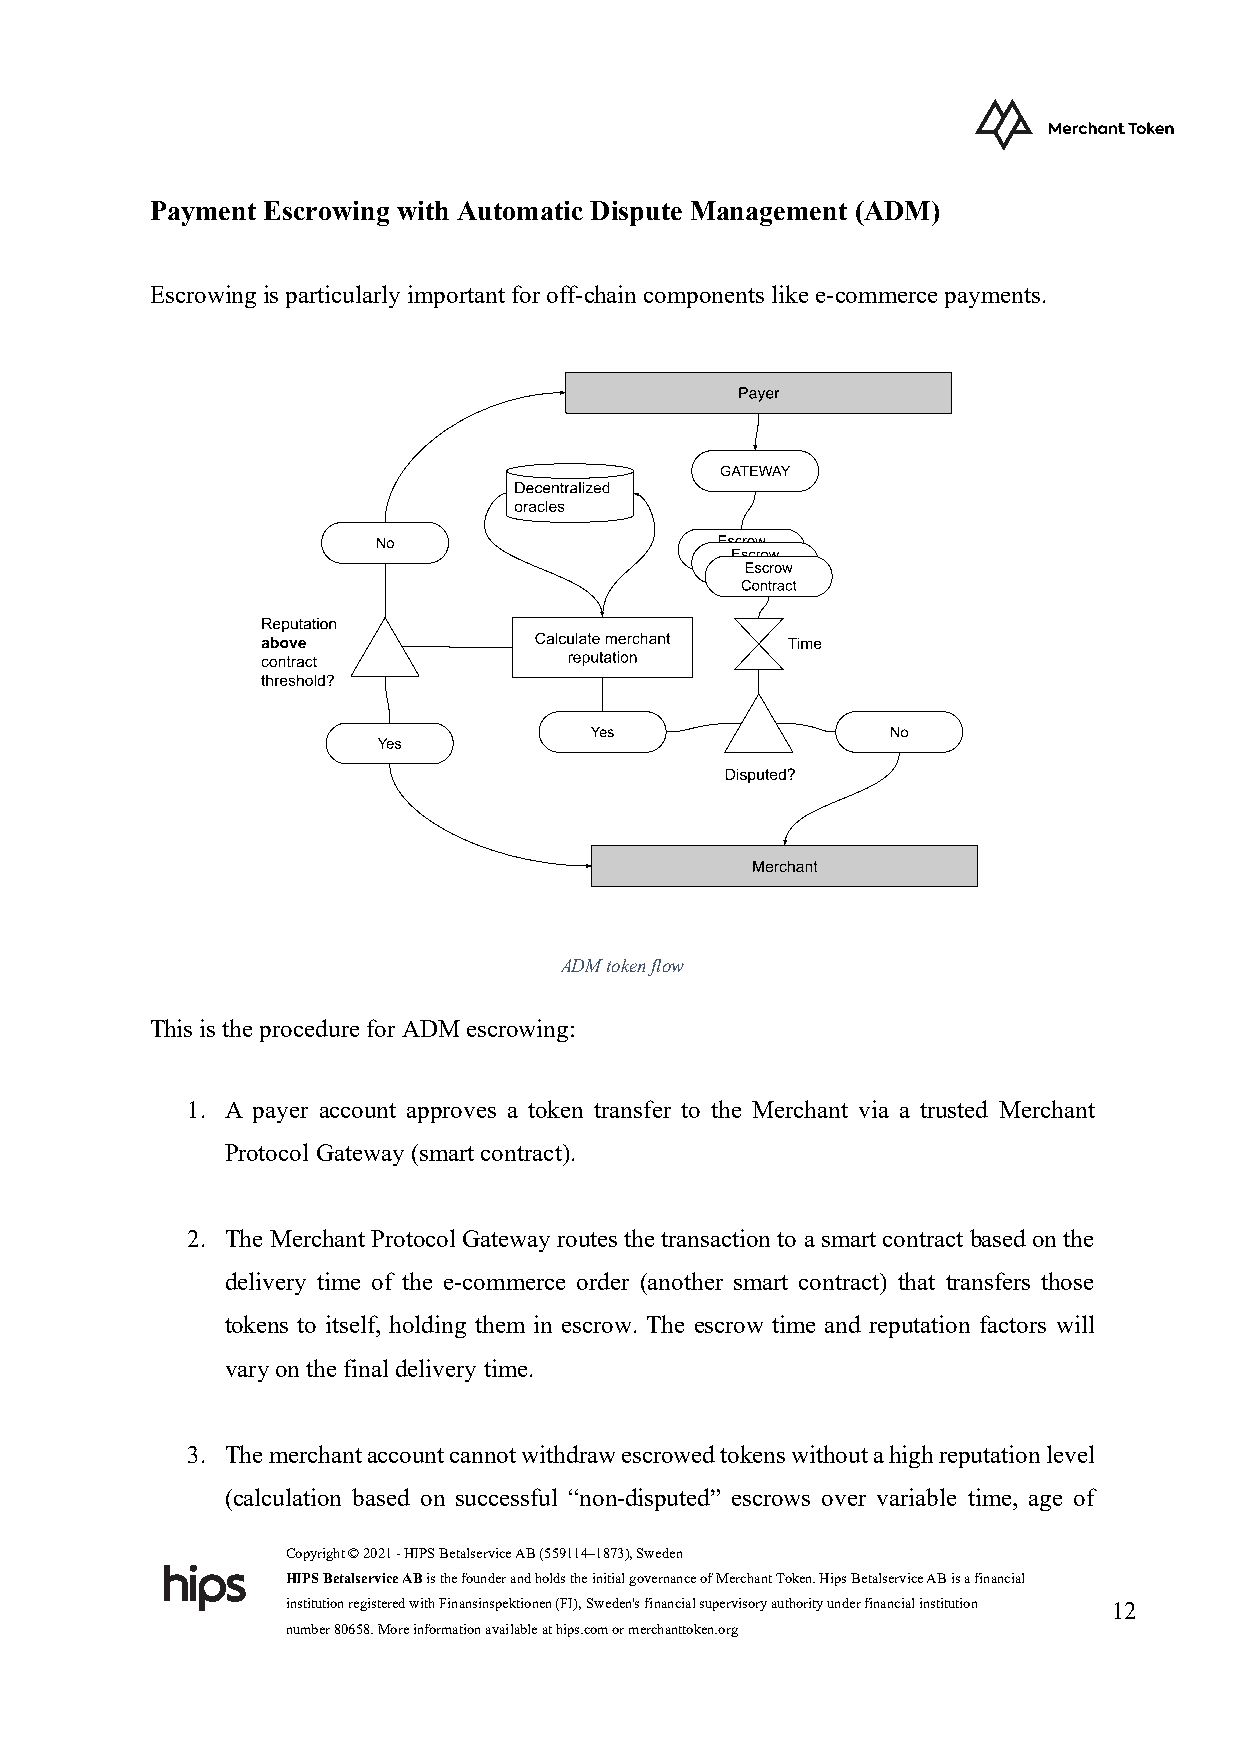
Payment Escrowing with Automatic Dispute Management (ADM)
 Escrowing is particularly important for off-chain components like e-commerce payments.
 ADM token flow
 This is the procedure for ADM escrowing:
 1. A payer account approves a token transfer to the Merchant via a trusted Merchant
 Protocol Gateway (smart contract).
 2. The Merchant Protocol Gateway routes the transaction to a smart contract based on the
 delivery time of the e-commerce order (another smart contract) that transfers those
 tokens to itself, holding them in escrow. The escrow time and reputation factors will
 vary on the final delivery time.
 3. The merchant account cannot withdraw escrowed tokens without a high reputation level
 (calculation based on successful “non-disputed” escrows over variable time, age of
 Copyright © 2021 - HIPS Betalservice AB (559114–1873), Sweden
 HIPS Betalservice AB is the founder and holds the initial governance of Merchant Token. Hips Betalservice AB is a financial
 institution registered with Finansinspektionen (FI), Sweden's financial supervisory authority under financial institution 12
 number 80658. More information available at hips.com or merchanttoken.org